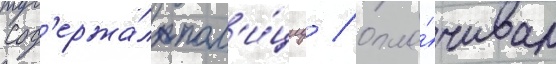
Сод'ержа́л пол'и́циу / опла́чивал